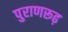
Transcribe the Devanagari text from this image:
पुराणरूढ़